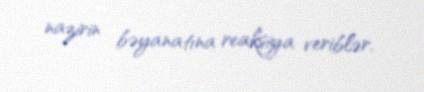
nazirin bəyanatına reaksiya veriblər.